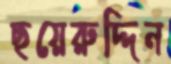
ছয়েরুদ্দিন